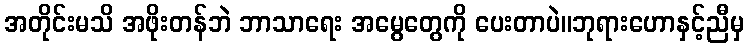
အတိုင်းမသိ အဖိုးတန်ဘဲ ဘာသာရေး အမွေတွေကို ပေးတာပဲ။ဘုရားဟောနှင့်ညီမှ